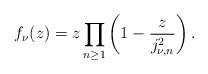
LaTeX: \begin{align*}f_{\nu}(z)=z\prod_{n\geq1}\left(1-\frac{z}{j_{\nu,n}^2}\right).\end{align*}